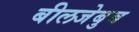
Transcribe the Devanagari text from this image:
बीलजेबुब